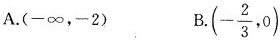
A.(-\infty ，-2) B.(- \frac{2}{3},0)